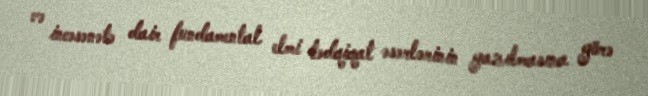
və incəsənətə dair fundamental elmi tədqiqat əsərlərinin yazılmasına görə